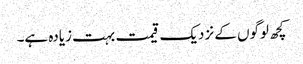
کچھ لوگوں کے نزدیک قیمت بہت زیادہ ہے۔